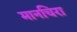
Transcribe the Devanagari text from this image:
मानचिरा